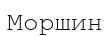
Моршин